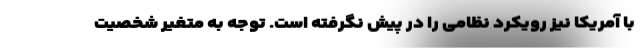
با آمریکا نیز رویکرد نظامی را در پیش نگرفته است. توجه به متغیر شخصیت